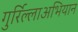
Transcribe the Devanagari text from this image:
गुर्रिल्लाअभियान